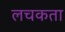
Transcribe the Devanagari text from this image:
लचकता